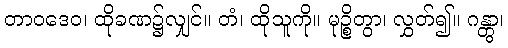
တာဝဒေဝ၊ ထိုခဏ၌လျှင်။ တံ၊ ထိုသူကို။ မုဉ္စိတွာ၊ လွှတ်၍။ ဂန္တွာ၊